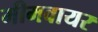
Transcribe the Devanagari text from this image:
मीमवायर